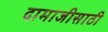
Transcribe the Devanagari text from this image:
दामाजीसाठी